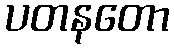
ပတနတော